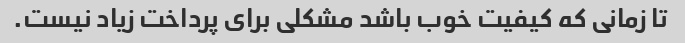
تا زمانی که کیفیت خوب باشد مشکلی برای پرداخت زیاد نیست.